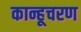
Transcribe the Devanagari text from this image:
कान्हूचरण